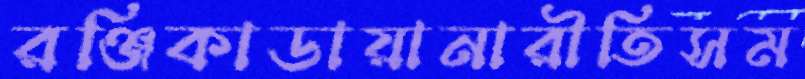
রঞ্জিকাডায়ানারীতিসম